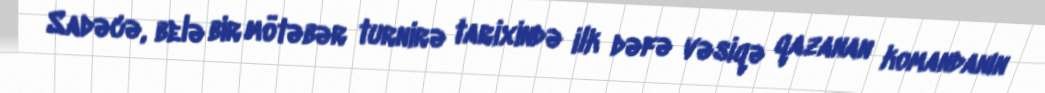
Sadəcə, belə bir mötəbər turnirə tarixində ilk dəfə vəsiqə qazanan komandanın